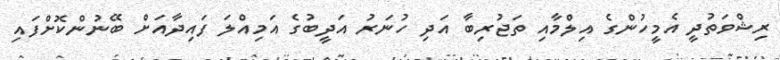
ރިޝްވަތުދީ އެމީހުންގެ އިލްމާއި ތަޖުރިބާ އަދި ހުނަރު އަދީބުގެ އަމިއްލަ ފައިދާއަށް ބޭނުންކޮށްފައި